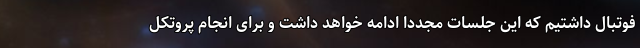
فوتبال داشتیم که این جلسات مجددا ادامه خواهد داشت و برای انجام پروتکل